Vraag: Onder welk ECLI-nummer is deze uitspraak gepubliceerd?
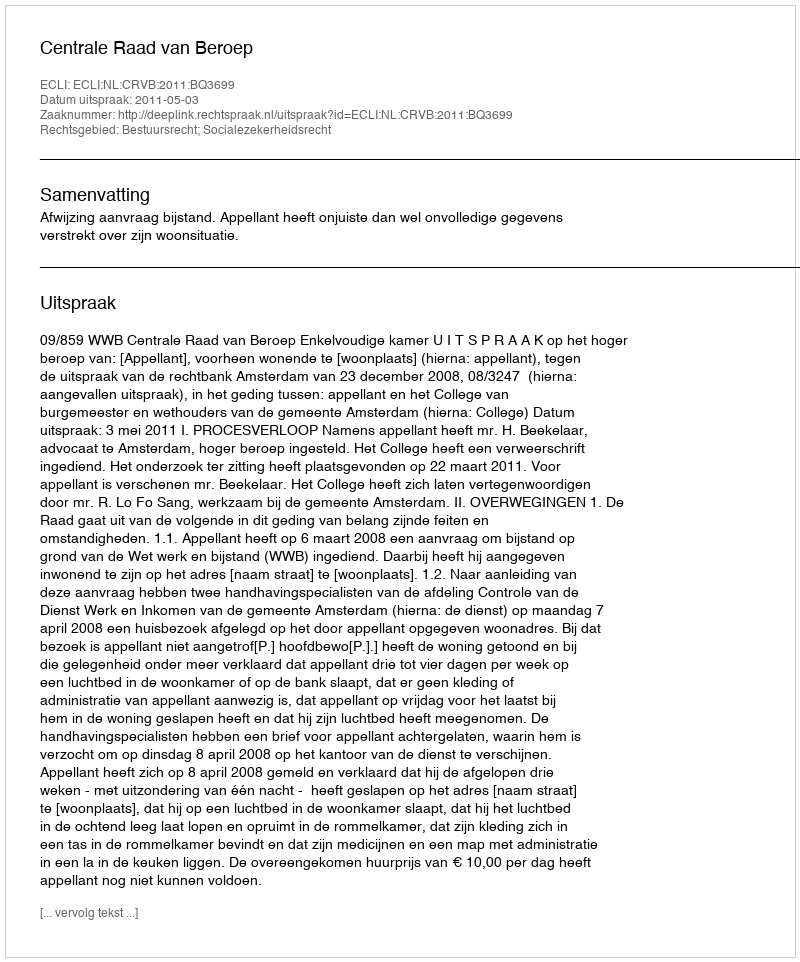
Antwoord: ECLI:NL:CRVB:2011:BQ3699